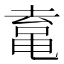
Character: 𱋿